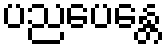
ပညပေန္တေ